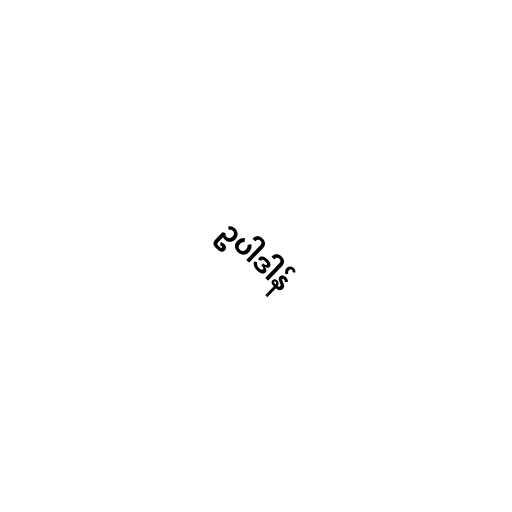
ဥပါဒါန်